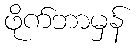
ဖိုက်ဘာမှန်